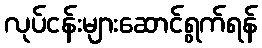
လုပ်ငန်းများဆောင်ရွက်ရန်